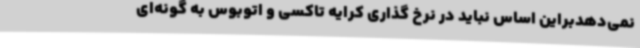
نمی‌دهدبراین اساس نباید در نرخ گذاری کرایه تاکسی و اتوبوس به گونه‌ای